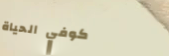
كوفي الحياة